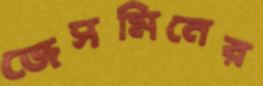
জেসমিনের